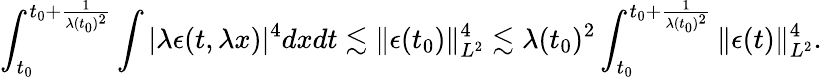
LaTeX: \int_{t_{0}}^{t_{0}+\frac{1}{\lambda(t_{0})^{2}}}\int|\lambda\epsilon(t,\lambda x)|^{4}dxdt\lesssim\| \epsilon(t_{0})\| _{L^{2}}^{4}\lesssim\lambda(t_{0})^{2}\int_{t_{0}}^{t_{0}+\frac{1}{\lambda(t_{0})^{2}}}\| \epsilon(t)\| _{L^{2}}^{4}.